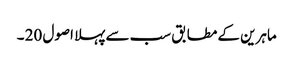
ماہرین کے مطابق سب سے پہلا اصول 20 ۔